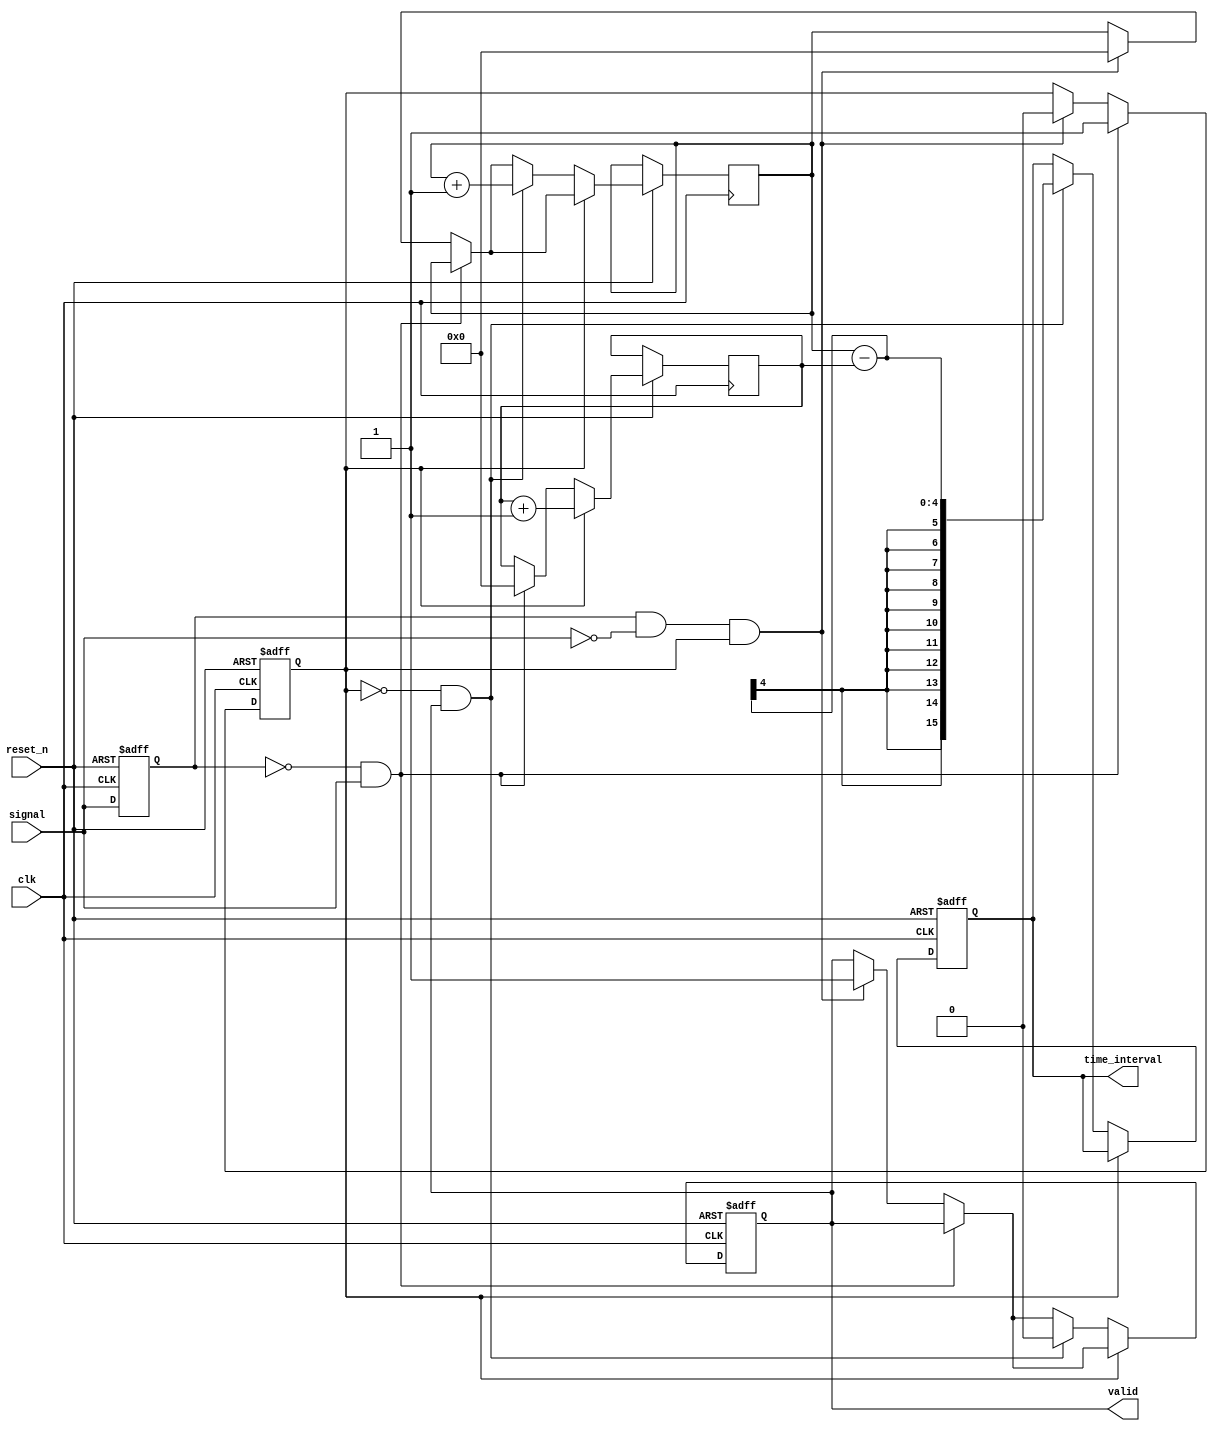
module TDC (
    input wire clk,          // System clock
    input wire reset_n,      // Active low reset
    input wire signal,       // Input signal for time measurement
    output reg [15:0] time_interval, // Output time interval
    output reg valid        // Indicates valid output
);

    reg [3:0] delay_line [0:15]; // 16 delay elements for TDC
    reg [3:0] start_count;        // Count value at start edge
    reg [3:0] stop_count;         // Count value at stop edge
    reg measuring;                // Flag to indicate measuring state

    integer i;

    // Edge detection logic
    reg prev_signal;
    always @(posedge clk or negedge reset_n) begin
        if (!reset_n) begin
            prev_signal <= 0;
        end else begin
            prev_signal <= signal;
        end
    end

    // Delay line logic
    always @(posedge clk or negedge reset_n) begin
        if (!reset_n) begin
            // Reset delay line
            for (i = 0; i < 16; i = i + 1) begin
                delay_line[i] <= 0;
            end
            measuring <= 0;
            time_interval <= 0;
            valid <= 0;
        end else begin
            for (i = 0; i < 15; i = i + 1) begin
                delay_line[i + 1] <= delay_line[i]; // Shift delay line
            end
            delay_line[0] <= signal; // Capture current signal

            // Measuring logic
            if (prev_signal == 0 && signal == 1) begin // Start edge detected
                start_count <= 0; // Reset start count
                measuring <= 1; // Start measuring
            end else if (prev_signal == 1 && signal == 0 && measuring) begin // Stop edge detected
                stop_count <= 0; // Reset stop count
                measuring <= 0; // Stop measuring
                valid <= 1; // Indicate output is valid
            end

            // Count the number of clock cycles while measuring
            if (measuring) begin
                start_count <= start_count + 1;
            end else if (!measuring && valid) begin
                stop_count <= stop_count + 1;
                time_interval <= stop_count - start_count; // Calculate time interval
                valid <= 0; // Reset valid output
            end
        end
    end

endmodule